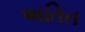
અતિત